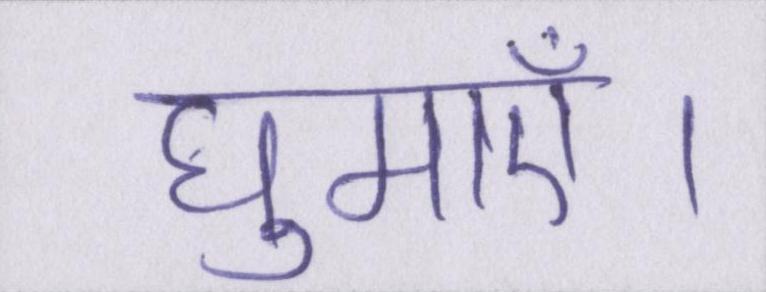
घुमाएँ।